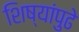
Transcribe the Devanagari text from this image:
शिष्यांपुढे